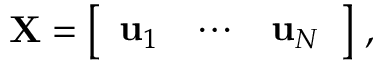
{ \bf X } = \left[ \begin{array} { l l l } { { \bf u } _ { 1 } } & { \cdots } & { { \bf u } _ { N } } \end{array} \right] \, ,